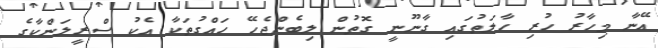
އޭނާ މިހާރު ހުރި ހާލަތުގައި ގާނޫނީ ގޮތުން ލިބެންޖެހޭ ހައްގުތަކާ އެކު ސްރީލަންކާގެ